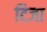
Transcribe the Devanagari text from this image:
टिजा